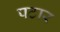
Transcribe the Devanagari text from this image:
पटार